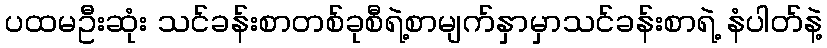
ပထမဦးဆုံး သင်ခန်းစာတစ်ခုစီရဲ့စာမျက်နှာမှာသင်ခန်းစာရဲ့ နံပါတ်နဲ့